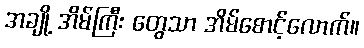
အချို့ အိမ်ကြီး တွေသာ အိမ်စောင့်လောက်။